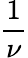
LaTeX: \frac{1}{\nu}